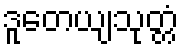
ဒူတေယျသုတ္တံ